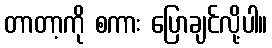
တာတာ့ကို စကား ပြောချင်လို့ပါ။